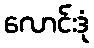
လောင်းဒုံ